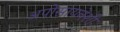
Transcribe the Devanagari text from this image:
अपोसायनेशी